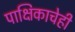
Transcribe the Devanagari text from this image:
पाक्षिकाचेही